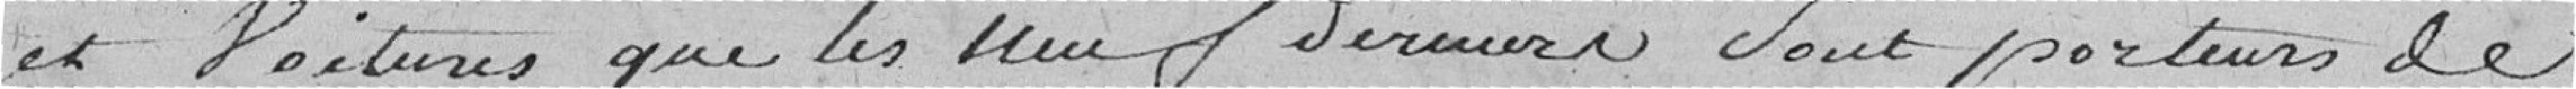
et voitures que les neuf derniers sont porteurs de